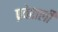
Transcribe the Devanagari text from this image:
प्रवेशली